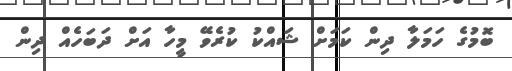
ބޮމުގެ ހަމަލާ ދިން ކަމަށް ޝައްކު ކުރެވޭ މީހާ އަށް ދަބަހެއް ދިން